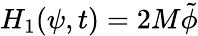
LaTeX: H_{1}(\psi,t)=2M\tilde{\phi}